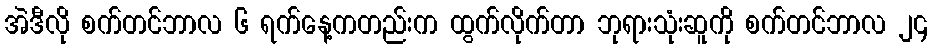
အဲဒီလို စက်တင်ဘာလ ၆ ရက်နေ့ကတည်းက ထွက်လိုက်တာ ဘုရားသုံးဆူကို စက်တင်ဘာလ ၂၄